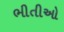
ભીતીઓ